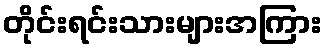
တိုင်းရင်းသားများအကြား